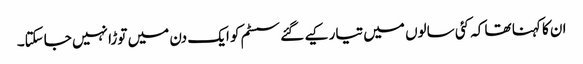
ان کا کہنا تھا کہ کئی سالوں میں تیار کیے گئے سسٹم کو ایک دن میں توڑا نہیں جاسکتا۔